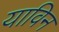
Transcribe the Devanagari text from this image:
याविन